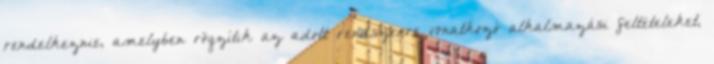
rendelkeznie, amelyben rögzítik az adott rendszerre vonatkozó alkalmazási feltételeket,